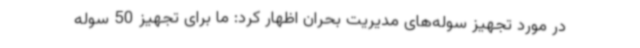
در مورد تجهیز سوله‌های مدیریت بحران اظهار کرد: ما برای تجهیز 50 سوله